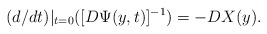
\begin{align*}(d/dt)|_{t=0}([D\Psi(y,t)]^{-1})=-DX(y).\end{align*}